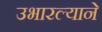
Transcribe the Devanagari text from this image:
उभारल्याने